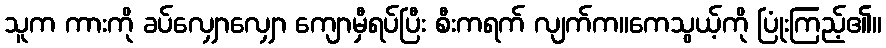
သူက ကားကို ခပ်လျှောလျှော ကျောမှီရပ်ပြီး စီးကရက် လျက်က။ကေသွယ့်ကို ပြုံးကြည့်၏။